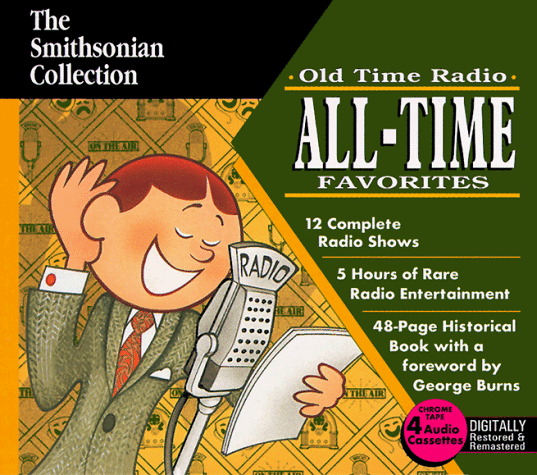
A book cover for Old Time Radio All-Time Favorites (Radio Spirits and the Smithsonian); Smithsonian Collection; Humor & Entertainment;